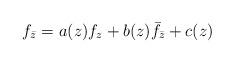
LaTeX: \begin{align*}f_{\bar z}=a(z)f_z+b(z)\bar f_{\bar z}+c(z)\end{align*}